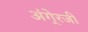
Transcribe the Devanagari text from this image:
अंगे्रजी